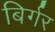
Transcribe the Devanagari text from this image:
बिर्गर